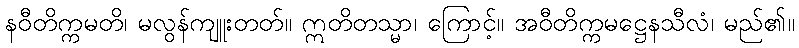
နဝီတိက္ကမတိ၊ မလွန်ကျူးတတ်။ ဣတိတသ္မာ၊ ကြောင့်။ အဝီတိက္ကမဋ္ဌေနသီလံ၊ မည်၏။